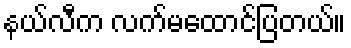
နယ်လီက လက်မထောင်ပြတယ်။